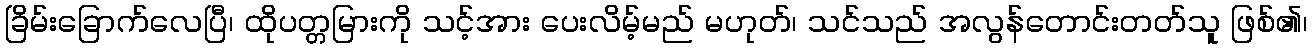
ခြိမ်းခြောက်လေပြီ၊ ထိုပတ္တမြားကို သင့်အား ပေးလိမ့်မည် မဟုတ်၊ သင်သည် အလွန်တောင်းတတ်သူ ဖြစ်၏၊